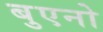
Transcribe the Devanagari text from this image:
बुएनो